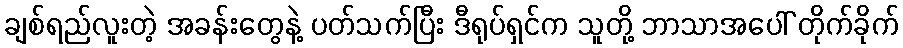
ချစ်ရည်လူးတဲ့ အခန်းတွေနဲ့ ပတ်သက်ပြီး ဒီရုပ်ရှင်က သူတို့ ဘာသာအပေါ် တိုက်ခိုက်